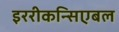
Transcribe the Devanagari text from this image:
इररीकन्सिएबल